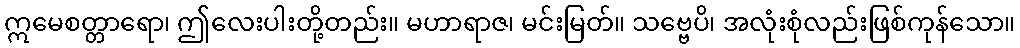
ဣမေစတ္တာရော၊ ဤလေးပါးတို့တည်း။ မဟာရာဇ၊ မင်းမြတ်။ သဗ္ဗေပိ၊ အလုံးစုံလည်းဖြစ်ကုန်သော။